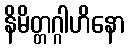
နိမိတ္တဂ္ဂါဟိနော